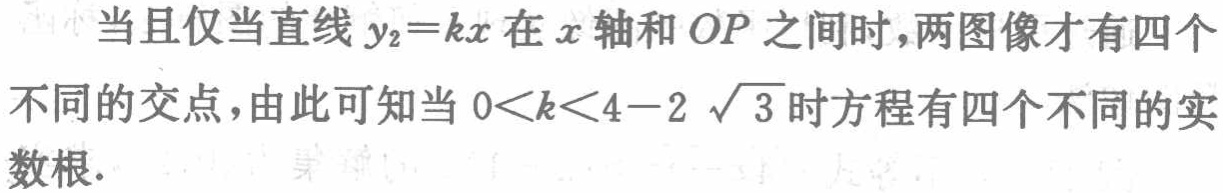
当且仅当直线 \(y_{2}=kx\) 在 \(x\) 轴和 \(OP\) 之间时，两图像才有四个不同的交点，由此可知当 \(0<k<4 - 2\sqrt{3}\) 时方程有四个不同的实数根.